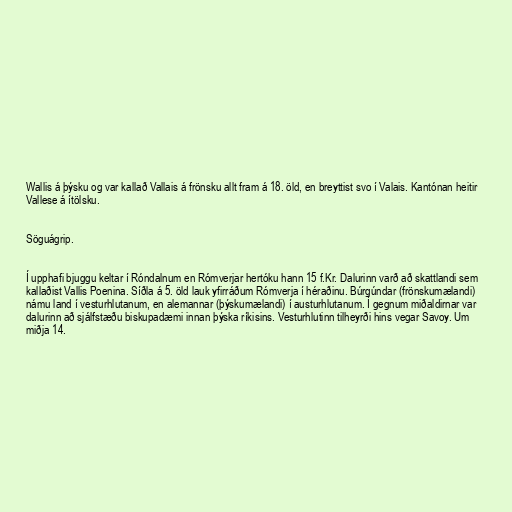
Wallis á þýsku og var kallað Vallais á frönsku allt fram á 18. öld, en breyttist svo í Valais. Kantónan heitir
Vallese á ítölsku.

Söguágrip.

Í upphafi bjuggu keltar í Róndalnum en Rómverjar hertóku hann 15 f.Kr. Dalurinn varð að skattlandi sem
kallaðist Vallis Poenina. Síðla á 5. öld lauk yfirráðum Rómverja í héraðinu. Búrgúndar (frönskumælandi)
námu land í vesturhlutanum, en alemannar (þýskumælandi) í austurhlutanum. Í gegnum miðaldirnar var
dalurinn að sjálfstæðu biskupadæmi innan þýska ríkisins. Vesturhlutinn tilheyrði hins vegar Savoy. Um
miðja 14.